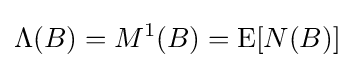
\Lambda (B)=M^{1}(B)=\operatorname {E} [N(B)]